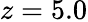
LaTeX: z=5.0